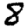
Digit: 8